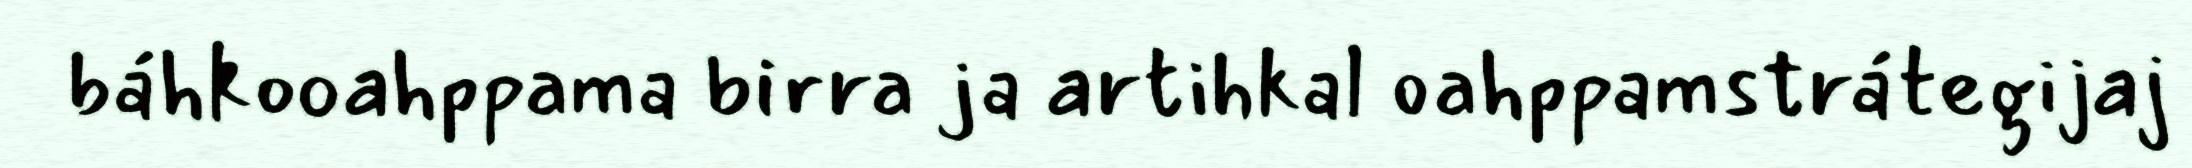
báhkooahppama birra ja artihkal oahppamstrátegijaj